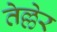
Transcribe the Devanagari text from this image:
तेल्लेर